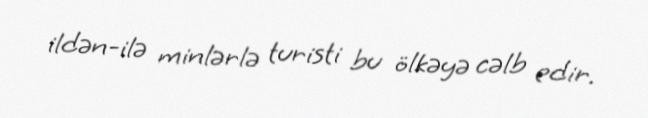
ildən-ilə minlərlə turisti bu ölkəyə cəlb edir.